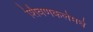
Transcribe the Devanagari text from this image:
शिवणकलेमधे